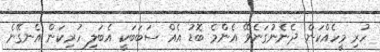
ހުރި މީހެއްކަން ދެނެނުގަނެވޭ އެންމެ ބޮޑު އެއް ސަބަބަކީ އެބަލި ހުރިކަން އެނގޭނެ